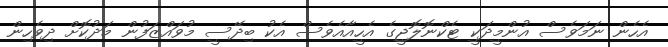
އެހެން ނަމަވެސް އުންމީދަކީ ޓެކްނޮލޮޖީގެ އެހީއާއެވެސް އެކު ބިދޭސީ މުވައްޒަފުން މަދުކޮށް ދިވެހިން